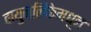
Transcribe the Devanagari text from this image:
वायुनलिकेमधून